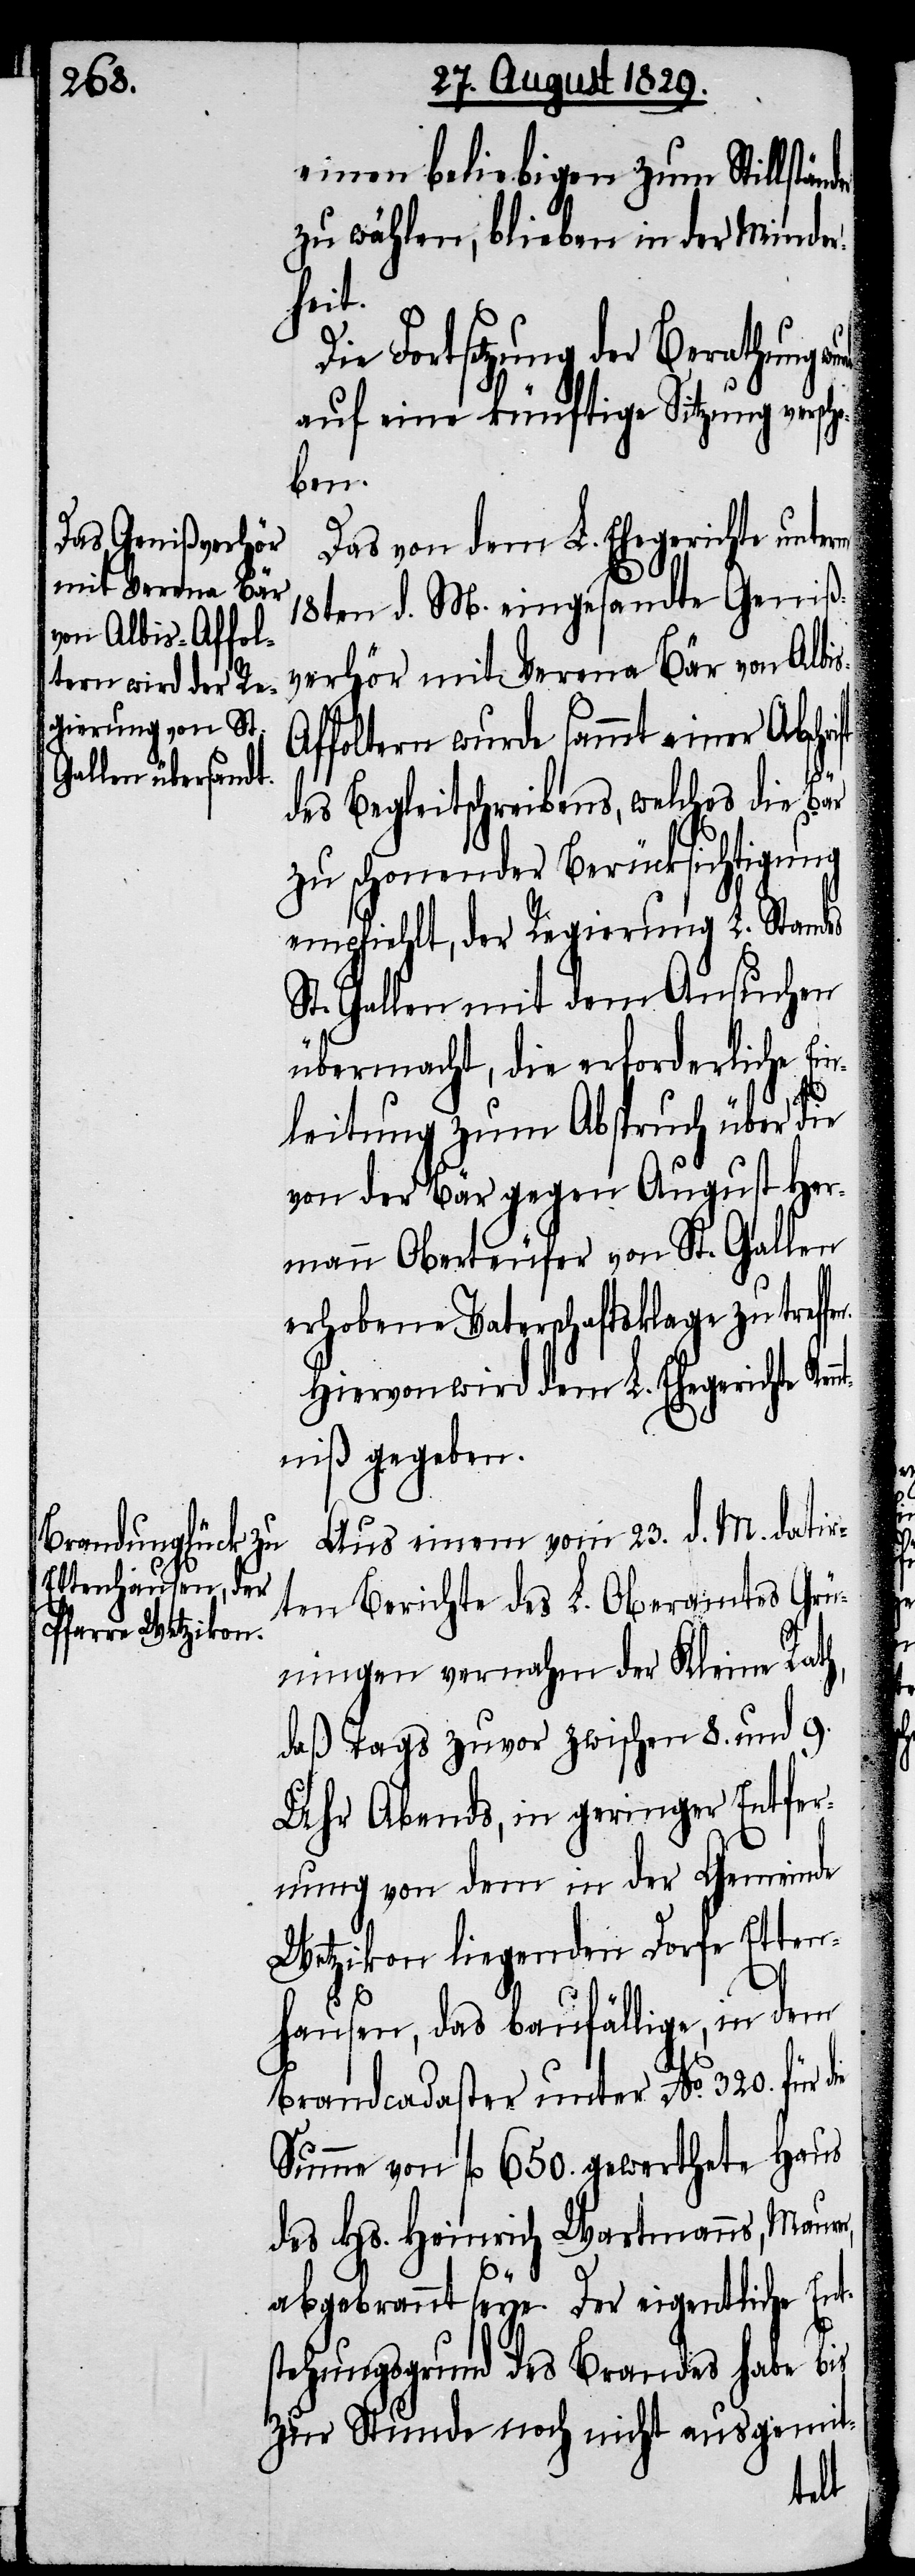
einen beliebigen zum Stillstä¬
zu wählen, blieben in der Minder¬
hrift
Die Fortsetzung der Berathung
auf eine künftige Sitzung verscho¬
fen.
Das von dem L. Ehegerichte unterm
18ten d. M. eingesandte Geniß¬
verhör mit Verona Bär von Albi¬
ffoltern wurde sammt einer Absc¬
des Begleitschreibens, welches die Bär
zu schonender Berücksichtigung
empfiehlt, der Regierung L. Standes
St. Gallen mit dem Ansuchen
übermacht, die erforderliche Ein¬
leitung zum Abspruch über die
von der Bär gegen August Her¬
mann Oberteufer von St. Gallen
erhobene Vaterschaftsklage zu tref¬
Hiervon wird dem L. Ehegerichte Ken¬
niß gegeben.
Aus einem vom 23. d. M. datir¬
ten Berichte des L. Oberamtes Grün¬
ingen vernahm der Kleine Rath,
daß Tags zuvor zwischen 8. und 9.
Uhr Abends, in geringer Entfer¬
nung von dem in der Gemeinde
Wetzikon liegenden Dorfe Etten¬
hausen, das baufällige, in dem
Brandcadaster unter No. 320. für
Summe von fl. 650. gewerthete Haus
des Hs. Heinrich Wartmanns, Maure¬
r,
abgebrannt seye. Der eigentliche Ent¬
stehungsgrund des Brandes habe bis
zur Stunde noch nicht ausgemit-
nt¬